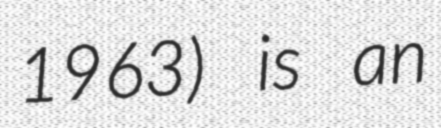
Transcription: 1963) is an